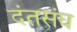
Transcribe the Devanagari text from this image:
दंतसंघ